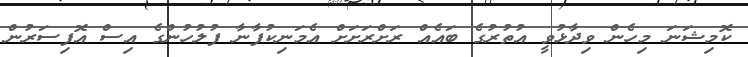
ކޮމިޝަނަ މިހެން ވިދާޅުވީ އުތުރުގެ ބައެއް ރަށްރަށަށް އެމަނިކުފާނާ ފުލުހުންގެ އިސް އޮފިސަރުން